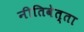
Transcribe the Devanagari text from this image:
नीतिवेत्ता